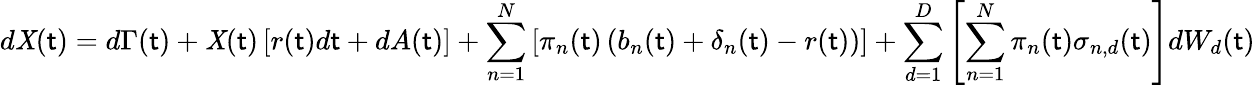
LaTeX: d\mathit{X}(\mathsf{t})=d\Gamma(\mathsf{t})+\mathit{X}(\mathsf{t})\left[r(\mathsf{t})d\mathsf{t}+dA(\mathsf{t})\right]+\sum_{n=1}^{N}\left[\pi_{n}(\mathsf{t})\left(b_{n}(\mathsf{t})+\delta_{n}(\mathsf{t})-r(\mathsf{t})\right)\right]+\sum_{d=1}^{D}\left[\sum_{n=1}^{N}\pi_{n}(\mathsf{t})\sigma_{n,d}(\mathsf{t})\right]dW_{d}(\mathsf{t})